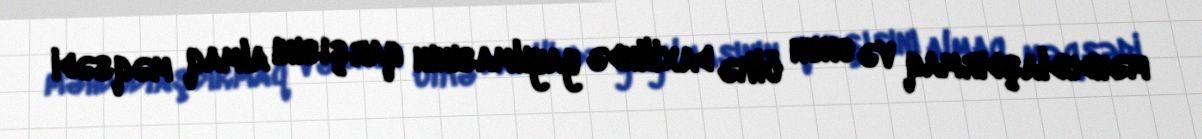
məhdudlaşdırmaq və onun ölkə daxilində yayılmasının qarşısını almaq məqsədi